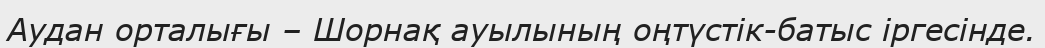
Аудан орталығы – Шорнақ ауылының оңтүстік-батыс іргесінде.